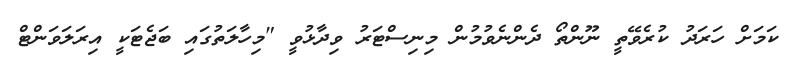
ކަމަށް ހަރަދު ކުރެވޭތީ ނޫންތޯ ދެންނެވުމުން މިނިސްޓަރު ވިދާޅުވީ "މިހާލަތުގައި ބަޖެޓަކީ އިރަލަވަންޓް